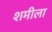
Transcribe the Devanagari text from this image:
शमीला